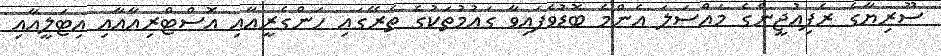
ސޫރިޔާގެ ރެފިއުޖީންގެ މައްސަލަ އެންމެ ބޮޑުވެފައިވާ ގައުމުތަކުގެ ތެރޭގައި ހަންގެރީއާއި އޮސްޓްރިއާއާއި އިޓަލީއާއި